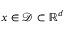
x \in \mathcal { D } \subset \mathbb { R } ^ { d }